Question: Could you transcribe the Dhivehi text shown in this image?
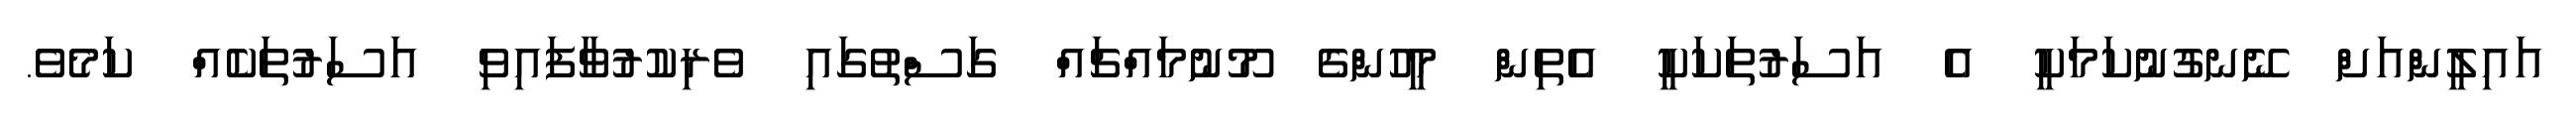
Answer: އައިލީންއަށް ނޭނގުނުކަމަކީ އެ އަސަރުތަކަކީ އެތިން މީހުންގެ މޫނުމައްޗައް ގަސްތުގައި ވެރިކުރުވާފައިވި އަސަރުތަކެއް ކަމެވެ.